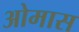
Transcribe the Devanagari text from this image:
ओमास